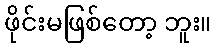
ဖိုင်းမဖြစ်တော့ ဘူး။